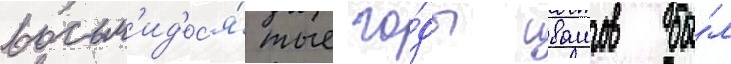
восьм'ид'ес'я́тые го́ды ивашов бы́л